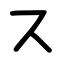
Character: ス